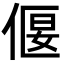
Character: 偃